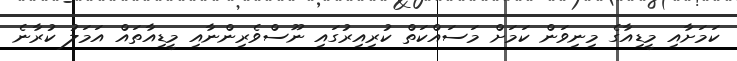
ކަމަށާއި މީޑިއާގެ މިނިވަން ކަމަށް މަސައްކަތް ކުރިއިރުގައި ނޫސްވެރިންނާއި މީޑިއާތައް އަމަލު ކުރާނެ